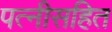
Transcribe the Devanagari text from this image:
पत्नीसहित